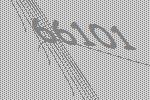
66101